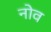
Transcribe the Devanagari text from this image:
नोव